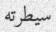
سيطرته